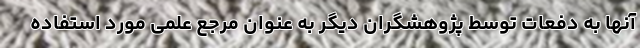
آنها به دفعات توسط پژوهشگران دیگر به عنوان مرجع علمی مورد استفاده